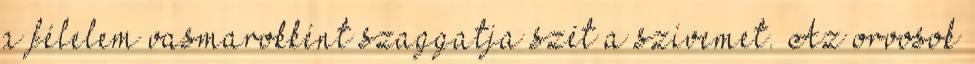
a félelem vasmarokként szaggatja szét a szívemet. Az orvosok